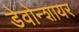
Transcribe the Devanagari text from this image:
डेवोन्शायर